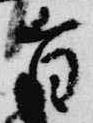
旨